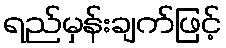
ရည်မှန်းချက်ဖြင့်